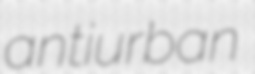
antiurban